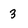
Character: 3